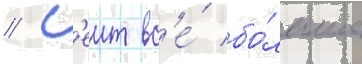
// К'еит вс'е́ бо́льше